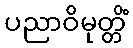
ပညာဝိမုတ္တိံ